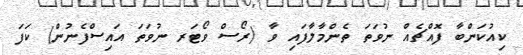
ކިއުކަންބާ ފޮއްޗެއް ނުވަތަ ތެންމާލާފައި ވާ (ރޯސް ވޯޓަރ ނުވަތަ އައިސްފެނުން) ކަފަ